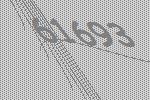
61693